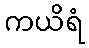
ကယိရံ